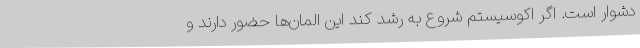
دشوار است. اگر اکوسیستم شروع به رشد کند این المان‌ها حضور دارند و